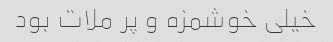
خیلی خوشمزه و پر ملات بود